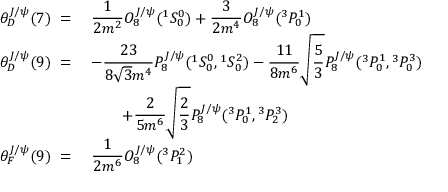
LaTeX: \begin{array} { r l } { { \theta _ { D } ^ { J / \psi } ( 7 ) \; = \; } } & { { { \displaystyle { \frac { 1 } { 2 m ^ { 2 } } } } { \cal O } _ { 8 } ^ { J / \psi } ( { } ^ { 1 } S _ { 0 } ^ { 0 } ) + { \displaystyle { \frac { 3 } { 2 m ^ { 4 } } } } { \cal O } _ { 8 } ^ { J / \psi } ( { } ^ { 3 } P _ { 0 } ^ { 1 } ) } } \\ { { \theta _ { D } ^ { J / \psi } ( 9 ) \; = \; } } & { { - { \displaystyle { \frac { 2 3 } { 8 \sqrt 3 m ^ { 4 } } } } { \cal P } _ { 8 } ^ { J / \psi } ( { } ^ { 1 } S _ { 0 } ^ { 0 } , { } ^ { 1 } S _ { 0 } ^ { 2 } ) - { \displaystyle { \frac { 1 1 } { 8 m ^ { 6 } } } } \sqrt { \displaystyle { \frac { 5 } { 3 } } } { \cal P } _ { 8 } ^ { J / \psi } ( { } ^ { 3 } P _ { 0 } ^ { 1 } , { } ^ { 3 } P _ { 0 } ^ { 3 } ) } } \\ { { } } & { { \qquad + { \displaystyle { \frac { 2 } { 5 m ^ { 6 } } } } \sqrt { \displaystyle { \frac { 2 } { 3 } } } { \cal P } _ { 8 } ^ { J / \psi } ( { } ^ { 3 } P _ { 0 } ^ { 1 } , { } ^ { 3 } P _ { 2 } ^ { 3 } ) } } \\ { { \theta _ { F } ^ { J / \psi } ( 9 ) \; = \; } } & { { { \displaystyle { \frac { 1 } { 2 m ^ { 6 } } } } { \cal O } _ { 8 } ^ { J / \psi } ( { } ^ { 3 } P _ { 1 } ^ { 2 } ) } } \end{array}